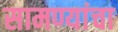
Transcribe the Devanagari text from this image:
सामण्यांचा